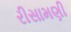
રીસામણી